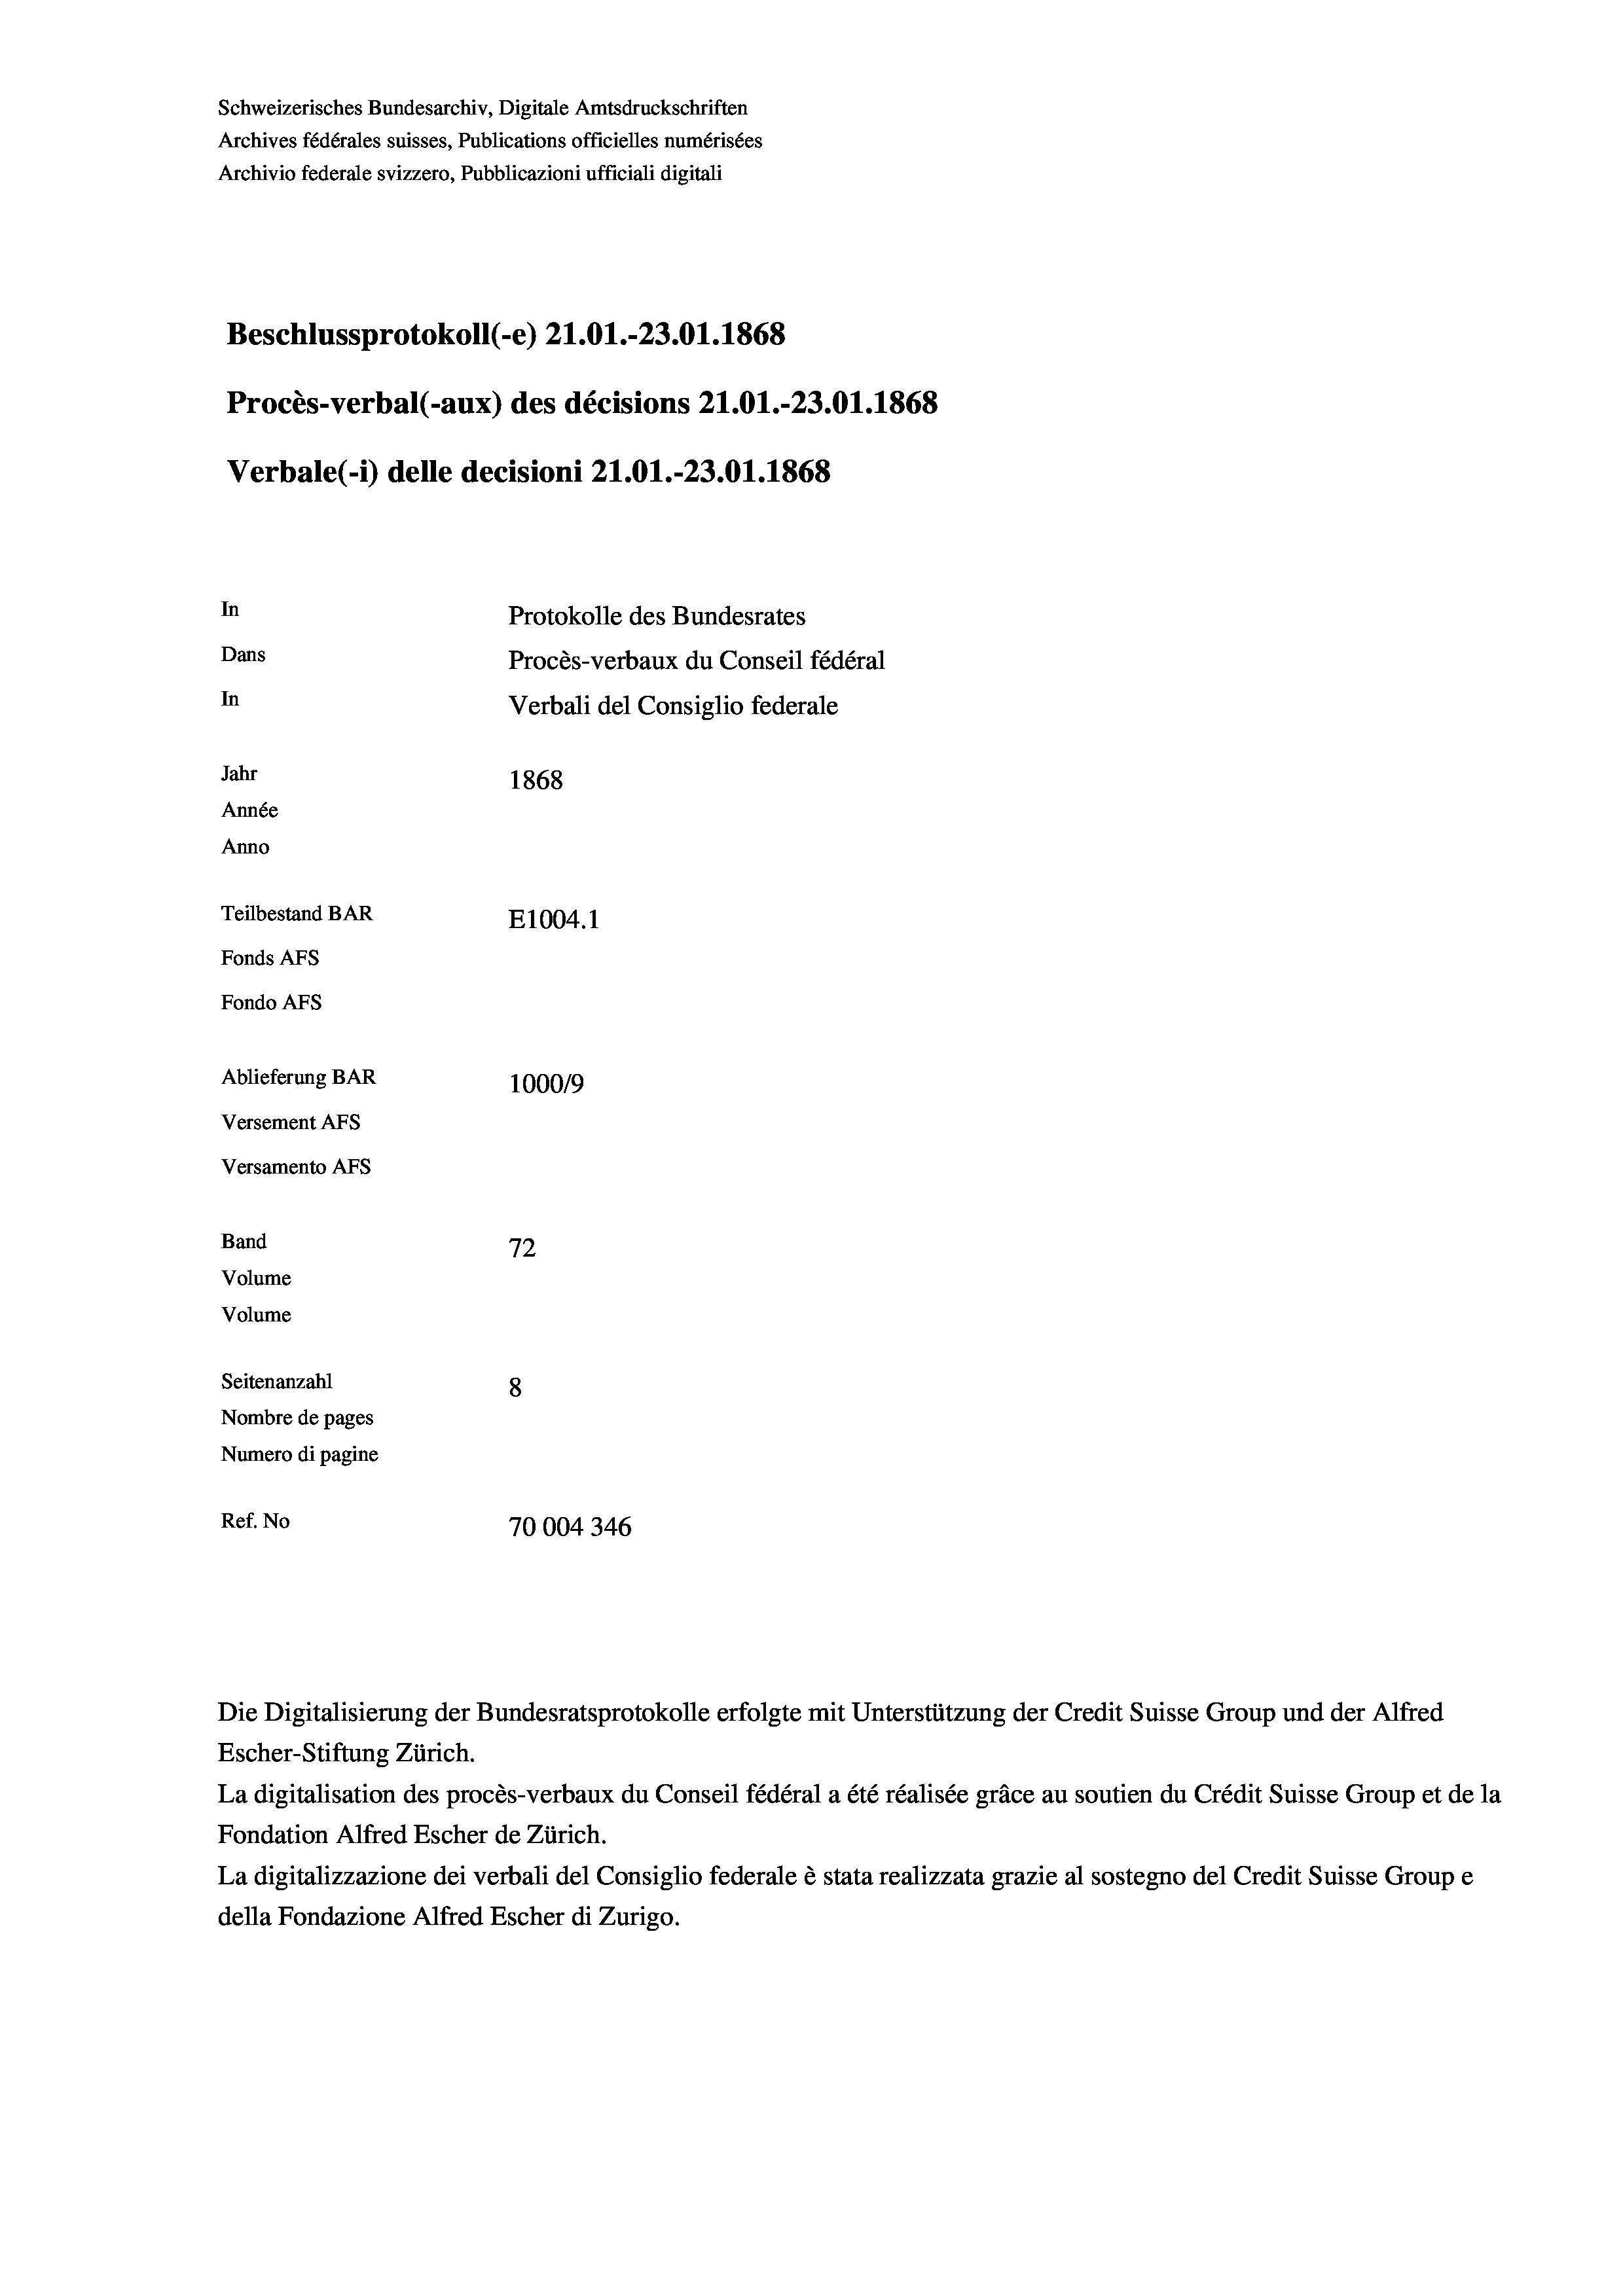
Schweizerisches Bundesarchiv, Digitale Amtsdruckschriften
Archives fédérales suisses, Publications officielles numérisées
Archivio federale svizzero, Pubblicazioni ufficiali digitali
Beschlussprotokoll (-e) 21.01.-23.01. 1868
Procès-verbal (-aux) des décisions 21.01.-23.01. 1868
Verbale(*) delle decisioni 21.O1.-23.01. 1868
In
Protokolle des Bundesrates
Dans
Procès-verbaux du Conseil fédéral
In
Verbali del Consiglio federale
Jahr
1868
Année
Anno
Teilbestand BAR
E1004. 1
Fonds AFs
Fondo Afs
Ablieferung BAR
100019
Versement AFs
Versamento Afs
Band
72
Volume
Volume
Seitenanzahl
8

Nombre de pages
Numero di pagine
Ref. No
70004346

La digitalisation des procès-verbaux du Conseil fédéral a été réalisée gräce au soutien du Crédit Suisse Group et de la
Fondation Alfred Escher de Zürich.
La digitalizzazione dei verbali del Consiglio federale è stata realizzata grazie al sostegno del Credit Suisse Groupe
della Fondazione Alfred Escher di Zurigo.

Die Digitalisierung der Bundesratsprotokolle erfolgte mit Unterstützung der Credit Suisse Group und der Alfred
Escher-Stiftung Zürich.